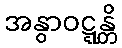
အနွာဝဋ္ဋန္တိ